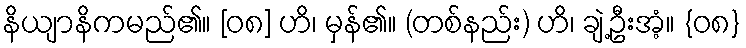
နိယျာနိကမည်၏။ [၀၈] ဟိ၊ မှန်၏။ (တစ်နည်း) ဟိ၊ ချဲ့ဦးအံ့။ {၀၈}